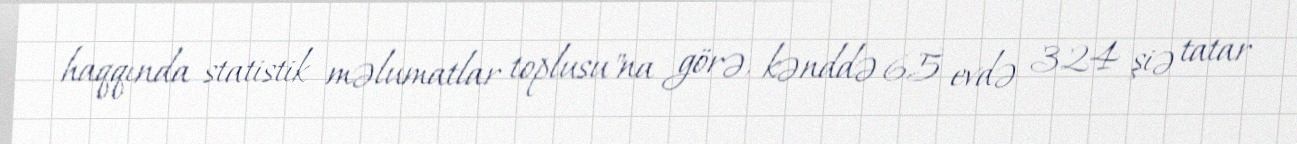
haqqında statistik məlumatlar toplusu"na görə, kənddə 65 evdə 324 şiə tatar